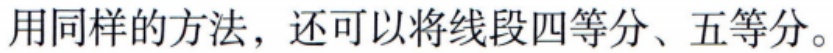
用同样的方法，还可以将线段四等分、五等分。